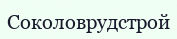
Соколоврудстрой